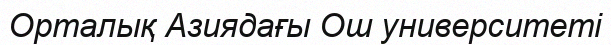
Орталық Азиядағы Ош университеті